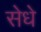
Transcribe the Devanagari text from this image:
सेधे